Civil Veterinary Department ledger series I-VI
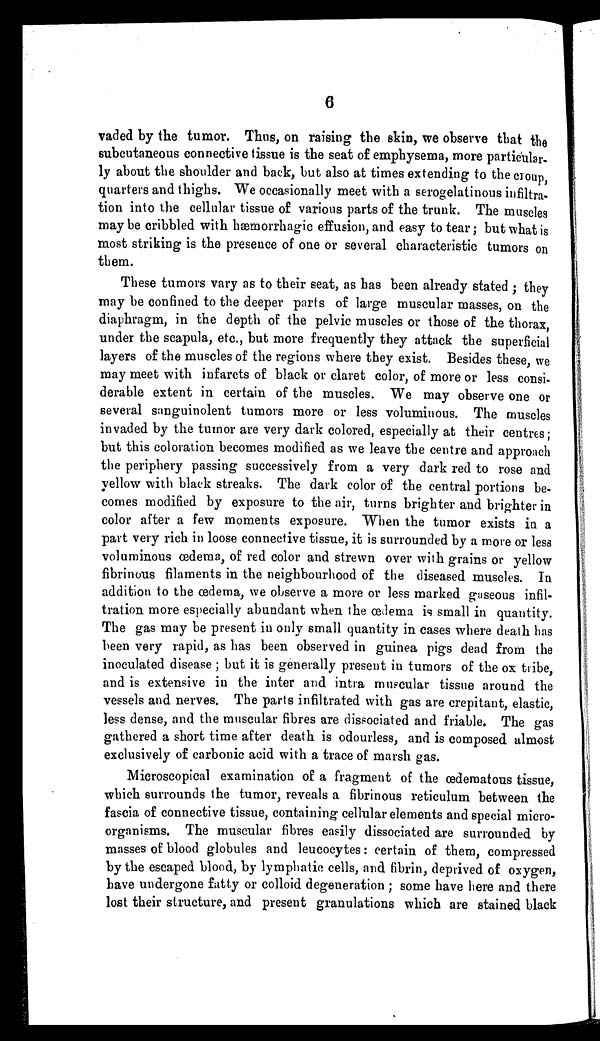
6
vaded by the tumor. Thus, on raising the skin, we observe that the
subcutaneous connective tissue is the seat of emphysema, more particular-
ly about the shoulder and back, but also at times extending to the croup,
quarters and thighs. We occasionally meet with a serogelatinous infiltra-
tion into the cellular tissue of various parts of the trunk. The muscles
may be cribbled with hæmorrhagic effusion, and easy to tear ; but what is
most striking is the presence of one or several characteristic tumors on
them.
These tumors vary as to their seat, as has been already stated; they
may be confined to the deeper parts of large muscular masses, on the
diaphragm, in the depth of the pelvic muscles or those of the thorax,
under the scapula, etc., but more frequently they attack the superficial
layers of the muscles of the regions where they exist. Besides these, we
may meet with infarcts of black or claret color, of more or less consi-
derable extent in certain of the muscles. We may observe one or
several sanguinolent tumors more or less voluminous. The muscles
invaded by the tumor are very dark colored, especially at their centres;
but this coloration becomes modified as we leave the centre and approach
the periphery passing successively from a very dark red to rose and
yellow with black streaks. The dark color of the central portions be-
comes modified by exposure to the air, turns brighter and brighter in
color after a few moments exposure. When the tumor exists in a
part very rich in loose connective tissue, it is surrounded by a more or less
voluminous œdema, of red color and strewn over with grains or yellow
fibrinous filaments in the neighbourhood of the diseased muscles. In
addition to the œdema, we observe a more or less marked gaseous infil-
tration more especially abundant when the œdema is small in quantity.
The gas may be present in only small quantity in cases where death has
been very rapid, as has been observed in guinea pigs dead from the
inoculated disease; but it is generally present in tumors of the ox tribe,
and is extensive in the inter and intra muscular tissue around the
vessels and nerves. The parts infiltrated with gas are crepitant, elastic,
less dense, and the muscular fibres are dissociated and friable. The gas
gathered a short time after death is odourless, and is composed almost
exclusively of carbonic acid with a trace of marsh gas.
Microscopical examination of a fragment of the œdematous tissue,
which surrounds the tumor, reveals a fibrinous reticulum between the
fascia of connective tissue, containing cellular elements and special micro-
organisms. The muscular fibres easily dissociated are surrounded by
masses of blood globules and leucocytes: certain of them, compressed
by the escaped blood, by lymphatic cells, and fibrin, deprived of oxygen,
have undergone fatty or colloid degeneration; some have here and there
lost their structure, and present granulations which are stained black